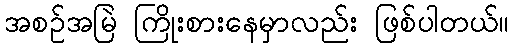
အစဉ်အမြဲ ကြိုးစားနေမှာလည်း ဖြစ်ပါတယ်။